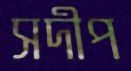
সদীপ